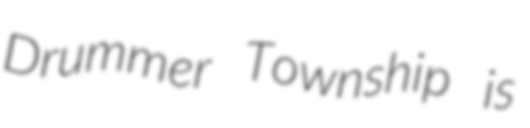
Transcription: Drummer Township is